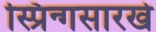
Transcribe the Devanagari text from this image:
स्प्रिन्गसारखे